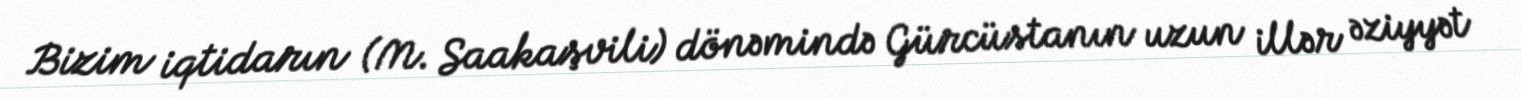
Bizim iqtidarın (M. Saakaşvili) dönəmində Gürcüstanın uzun illər əziyyət